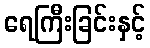
ရေကြီးခြင်းနှင့်